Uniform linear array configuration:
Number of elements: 16
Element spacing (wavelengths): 0.5
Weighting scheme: binomial
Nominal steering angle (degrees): -45
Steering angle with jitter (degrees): -45.793
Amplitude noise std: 0.05
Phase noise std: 0.05

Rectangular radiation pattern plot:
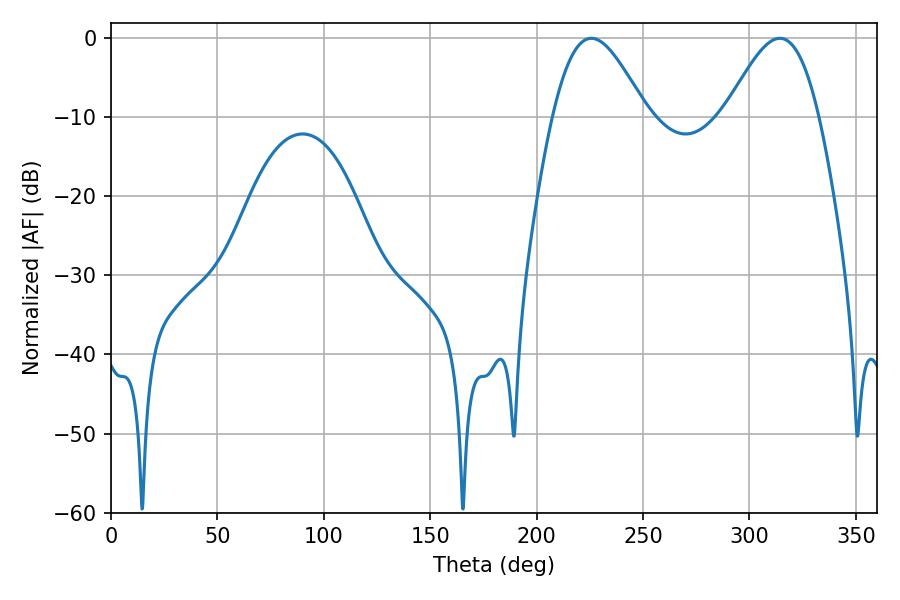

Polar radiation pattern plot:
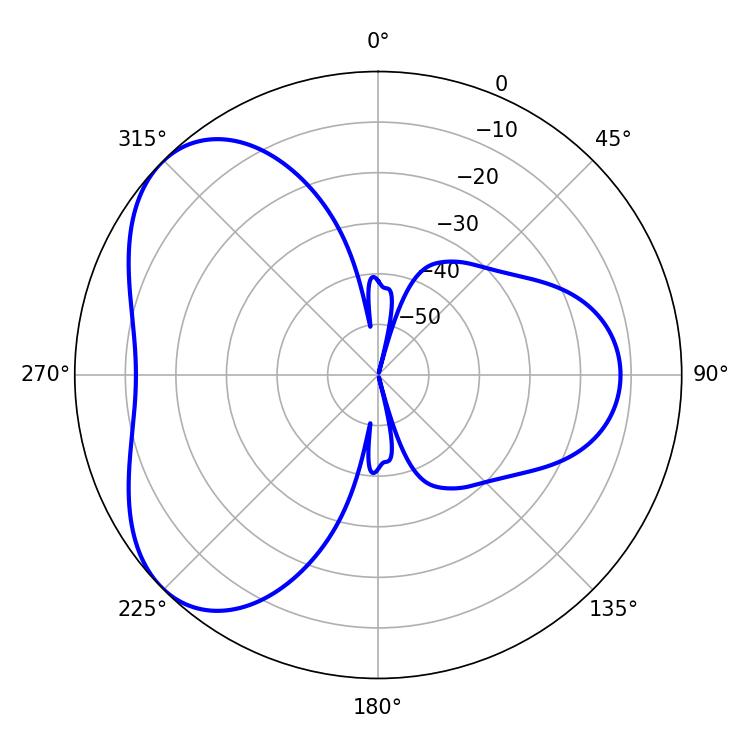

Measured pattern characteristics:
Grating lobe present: FALSE
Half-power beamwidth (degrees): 23.4
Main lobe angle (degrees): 225.72